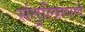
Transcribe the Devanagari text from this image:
संतुलितपणे